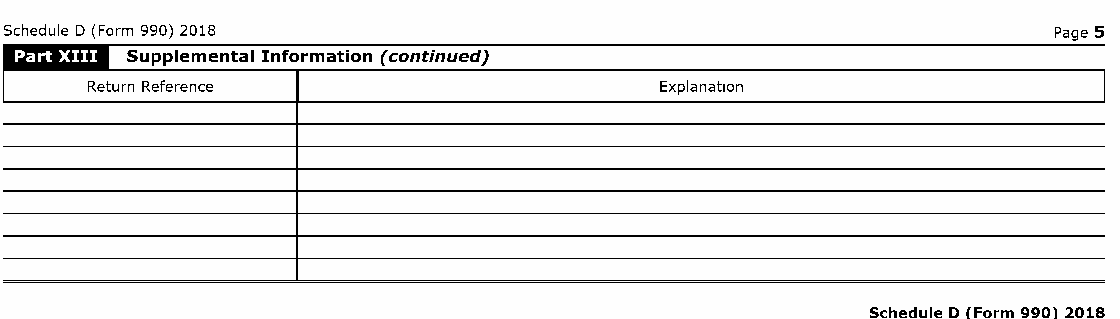
Schedule D (Form 990) 2018                                            Page 5
 .:c.n.: ....
 Supplemental Information (continued)
 I     Retu rn Reference                     Explanation                  I
 Schedule D Form 990 2018